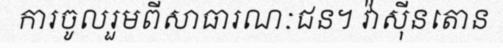
ការចូលរួមពីសាធារណៈជន។ វ៉ាស៊ីនតោន